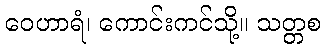
ဝေဟာရံ၊ ကောင်းကင်သို့။ သတ္တစ